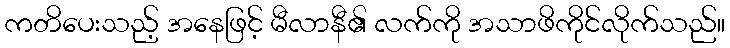
ကတိပေးသည့် အနေဖြင့် မီလာနီ၏ လက်ကို အသာဖိကိုင်လိုက်သည်။